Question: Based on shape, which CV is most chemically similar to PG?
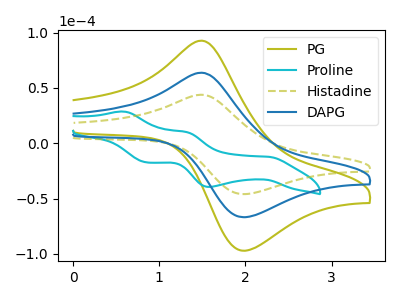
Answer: <think>The olive curve "PG" has an anodic peak at (1.50V, 127.60uA) and a cathodic peak at (2.00V, -133.60uA). The cyan curve "Proline" has anodic peaks at (0.60V, 28.70uA) (1.30V, 10.25uA) and cathodic peaks at (2.25V, -12.20uA) (1.60V, -39.40uA) (0.85V, -17.30uA). The olive dashed curve "Histadine" has an anodic peak at (1.50V, 43.90uA) and a cathodic peak at (2.00V, -45.95uA). The blue curve "DAPG" has an anodic peak at (1.50V, 63.80uA) and a cathodic peak at (2.00V, -66.80uA).
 "PG" and "Proline" have a different number of peaks. All the peaks in "PG" have a peak in "Histadine" at the same potential. Every peak in "PG" is higher than every peak in "Histadine". All the peaks in "PG" have a peak in "DAPG" at the same potential. Every peak in "PG" is higher than every peak in "DAPG". "Proline" and "Histadine" have a different number of peaks. "Proline" and "DAPG" have a different number of peaks. All the peaks in "Histadine" have a peak in "DAPG" at the same potential. Every peak in "Histadine" is lower than every peak in "DAPG".</think>
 <answer>"PG" and "DAPG" have a similar shape to "Histadine".</answer>
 <eval>"PG" "DAPG"</eval>